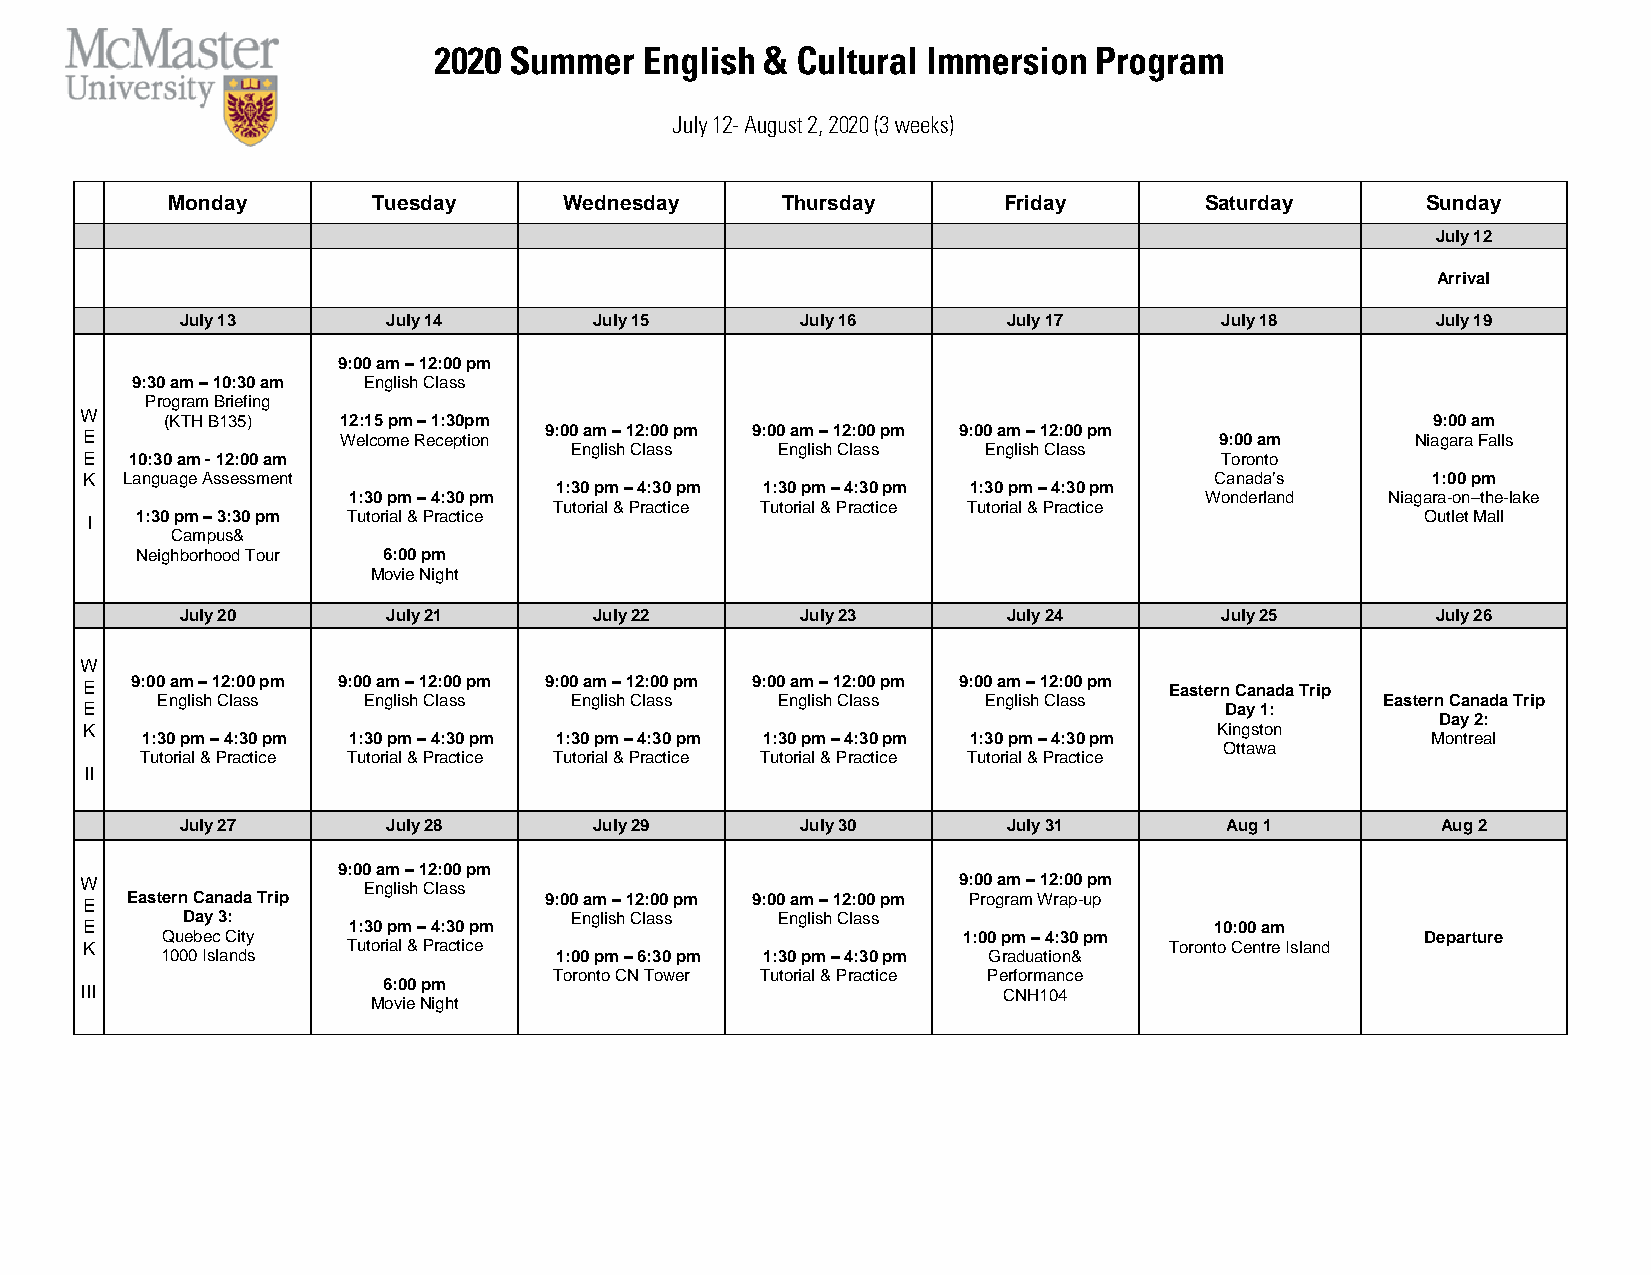
Monday        Tuesday     Wednesday      Thursday      Friday        Saturday      Sunday
 July 12
 Arrival
 July 13       July 14      July 15       July 16       July 17       July 18       July 19
 9:00 am – 12:00 pm
 9:30 am – 10:30 am English Class
 Program Briefing
 W
 (KTH B135) 12:15 pm – 1:30pm                                                        9:00 am
 E                Welcome Reception 9:00 am – 12:00 pm 9:00 am – 12:00 pm 9:00 am – 12:00 pm 9:00 am Niagara Falls
 English Class English Class English Class
 E   10:30 am - 12:00 am                                                     Toronto
 K  Language Assessment                                                     Canada’s       1:00 pm
 1:30 pm – 4:30 pm 1:30 pm – 4:30 pm 1:30 pm – 4:30 pm
 1:30 pm – 4:30 pm                                        Wonderland  Niagara-on–the-lake
 Tutorial & Practice Tutorial & Practice Tutorial & Practice
 I  1:30 pm – 3:30 pm Tutorial & Practice                                                Outlet Mall
 Campus&
 Neighborhood Tour 6:00 pm
 Movie Night
 July 20       July 21      July 22       July 23       July 24       July 25       July 26
 W
 E   9:00 am – 12:00 pm 9:00 am – 12:00 pm 9:00 am – 12:00 pm 9:00 am – 12:00 pm 9:00 am – 12:00 pm Eastern Canada Trip
 English Class English Class English Class English Class English Class            Eastern Canada Trip
 E                                                                           Day 1:
 Day 2:
 K                                                                           Kingston
 1:30 pm – 4:30 pm 1:30 pm – 4:30 pm 1:30 pm – 4:30 pm 1:30 pm – 4:30 pm 1:30 pm – 4:30 pm Montreal
 Tutorial & Practice Tutorial & Practice Tutorial & Practice Tutorial & Practice Tutorial & Practice
 Ottawa
 II
 July 27       July 28      July 29       July 30       July 31       Aug 1         Aug 2
 9:00 am – 12:00 pm
 W                  English Class                          9:00 am – 12:00 pm
 E  Eastern Canada Trip         9:00 am – 12:00 pm 9:00 am – 12:00 pm Program Wrap-up
 Day 3:                    English Class English Class
 E                 1:30 pm – 4:30 pm                                        10:00 am
 Quebec City                                          1:00 pm – 4:30 pm             Departure
 K                 Tutorial & Practice                                   Toronto Centre Island
 1000 Islands              1:00 pm – 6:30 pm 1:30 pm – 4:30 pm Graduation&
 Toronto CN Tower Tutorial & Practice Performance
 6:00 pm
 III                                                          CNH104
 Movie Night